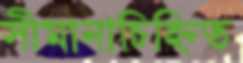
সীমানাচিহ্নিত